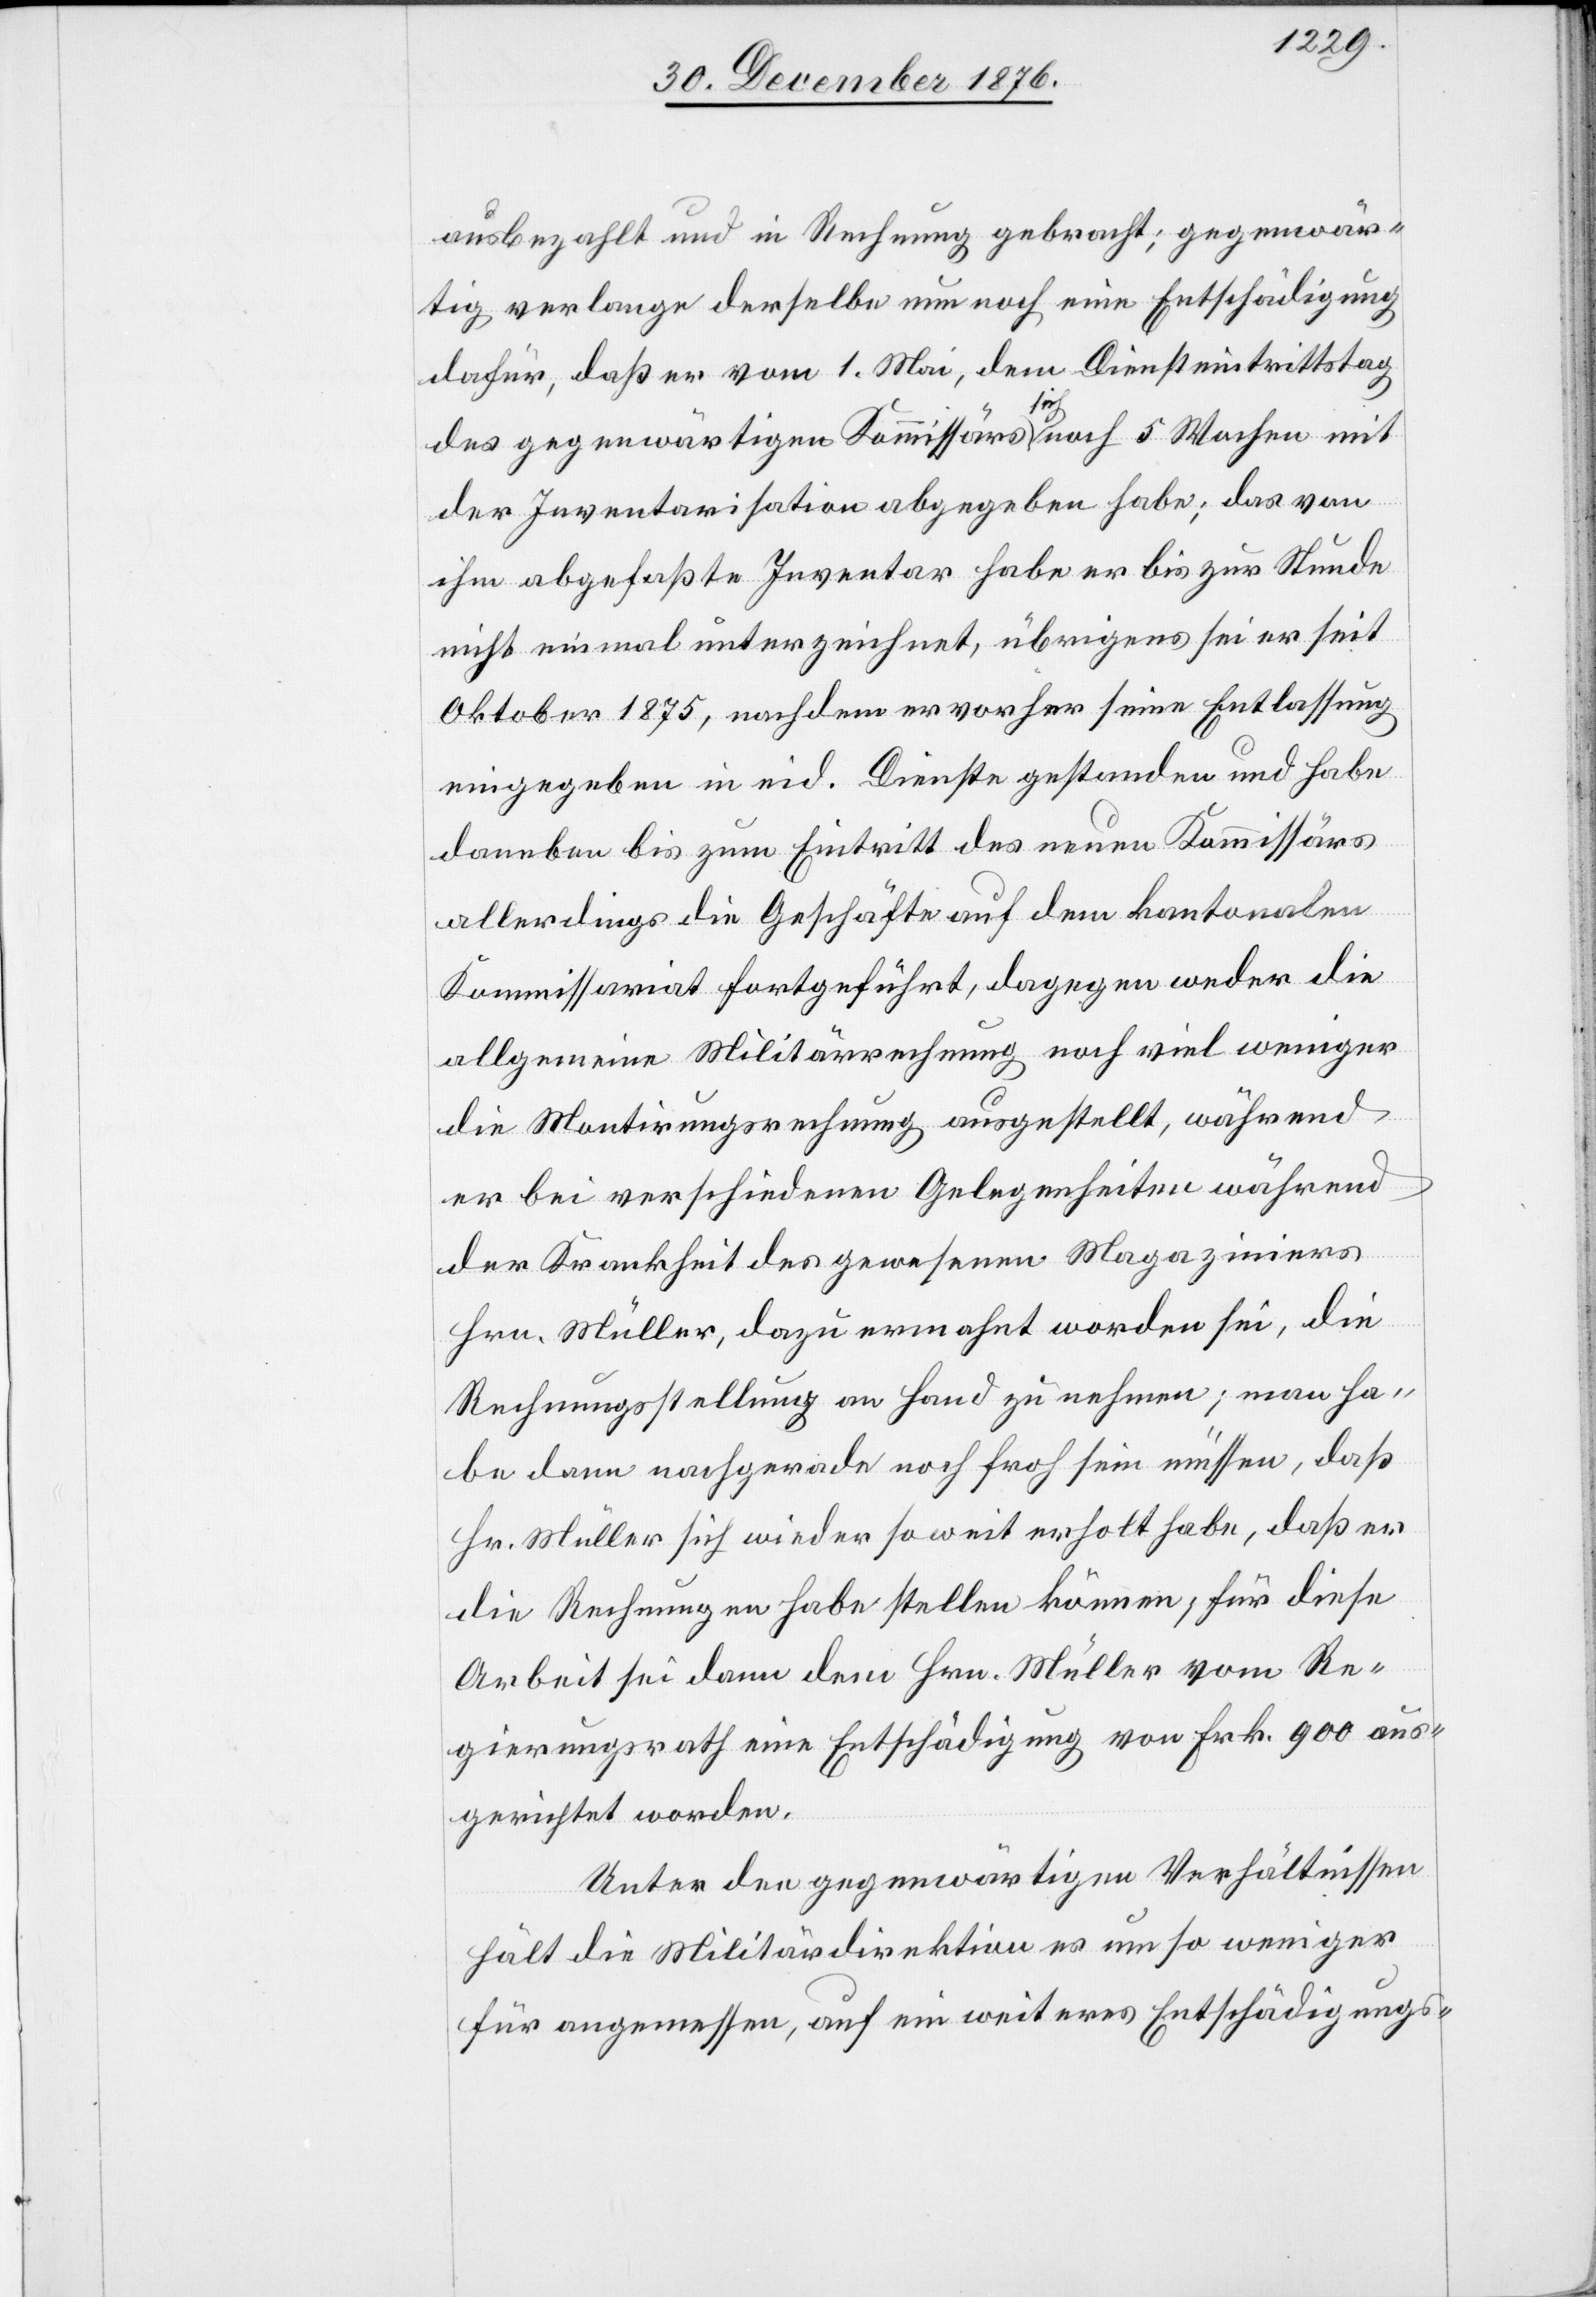
ausbezahlt und in Rechnung gebracht; gegenwär¬
tig verlange derselbe nun noch eine Entschädigung
dafür, daß er vom 1. Mai, dem Diensteintrittstag
des gegenwärtigen Kommissärs sich noch 5 Wochen mit
der Inventarisation abgegeben habe; das von
ihm abgefaßte Inventar habe er bis zur Stunde
nicht einmal unterzeichnet, übrigens sei er seit
Oktober 1875, nachdem er vorher seine Entlassung
eingegeben in eid. Dienste gestanden und habe
daneben bis zum Eintritt des neuen Kommissärs
allerdings die Geschäfte auf dem kantonalen
Kommissariat fortgeführt, dagegen weder die
allgemeine Militärrechnung noch viel weniger
die Montirungsrechnung ausgestellt, während
er bei verschiedenen Gelegenheiten während
der Krankheit des gewesenen Magaziners
Hrn. Müller, dazu ermahnt worden sei, die
Rechnungsstellung an Hand zu nehmen; man ha¬
be dann nachgerade noch froh sein müssen, daß
Hr. Müller sich wieder soweit erholt habe, daß er
die Rechnungen habe stellen können; für diese
Arbeit sei dann dem Hrn. Müller vom Re¬
gierungsrath eine Entschädigung von Frk. 900 aus¬
gerichtet worden.
Unter den gegenwärtigen Verhältnissen
hält die Militärdirektion es um so weniger
für angemessen, auf ein weiteres Entschädigungs-